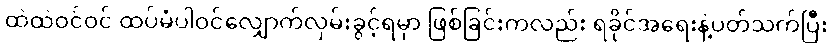
ထဲထဲဝင်ဝင် ထပ်မံပါဝင်လျှောက်လှမ်းခွင့်ရမှာ ဖြစ်ခြင်းကလည်း ရခိုင်အရေးနဲ့ပတ်သက်ပြီး